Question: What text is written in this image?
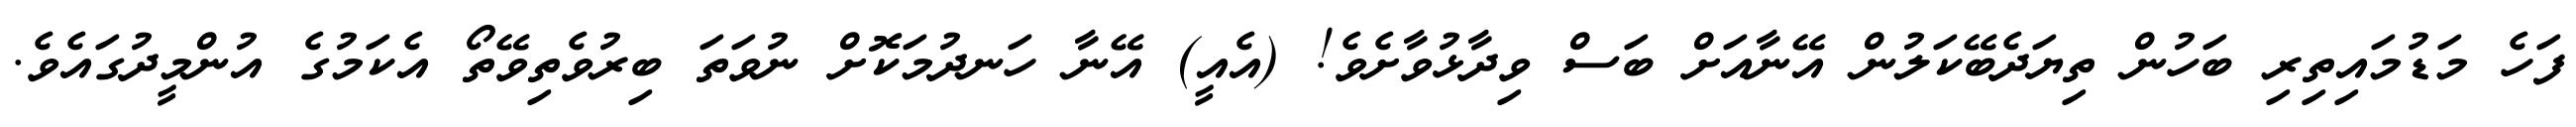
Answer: ފަހެ މަޑުމައިތިރި ބަހުން ތިޔަދެބޭކަލުން އޭނާއަށް ބަސް ވިދާޅުވާށެވެ! (އެއީ) އޭނާ ހަނދުމަކޮށް ނުވަތަ ބިރުވެތިވޭތޯ އެކަމުގެ އުންމީދުގައެވެ.